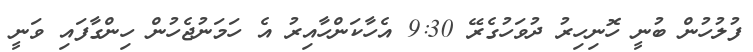
ފުލުހުން ބުނީ ހޮނިހިރު ދުވަހުގެރޭ 9:30 އެހާކަންހާއިރު އެ ހަމަނުޖެހުން ހިންގާފައި ވަނީ